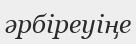
әрбіреуіңе